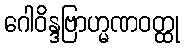
ဂေါဝိန္ဒဗြာဟ္မဏဝတ္ထု